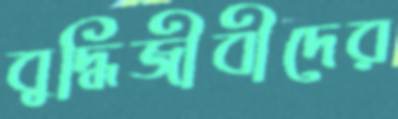
বুদ্ধিজীবীদের